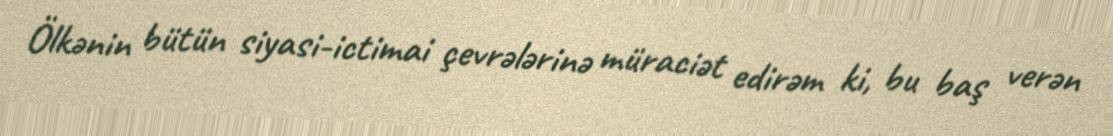
Ölkənin bütün siyasi-ictimai çevrələrinə müraciət edirəm ki, bu baş verən